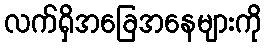
လက်ရှိအခြေအနေများကို